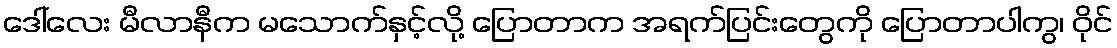
ဒေါ်လေး မီလာနီက မသောက်နှင့်လို့ ပြောတာက အရက်ပြင်းတွေကို ပြောတာပါကွ၊ ဝိုင်